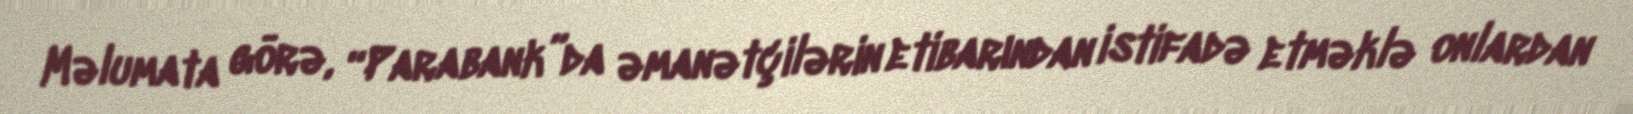
Məlumata görə, “Parabank”da əmanətçilərin etibarından istifadə etməklə onlardan